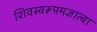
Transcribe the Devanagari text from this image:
शिवस्वरूपमज्ञात्वा